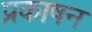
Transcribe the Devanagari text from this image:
प्रकाषन